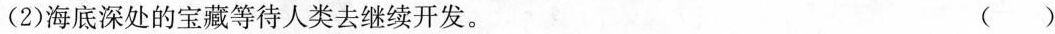
(2)海底深处的宝藏等待人类去继续开发。 ( )